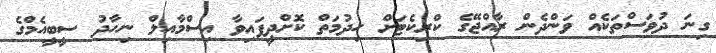
ގިނަ ދުވަސްތަކެއް ވަންދެން ރާއްޖޭގެ ކްރިކެޓަށް ހިދުމަތް ކޮށްދީފައިވާ އިސްމާއިލް ނިހާދު ސީބީއެމްގެ